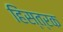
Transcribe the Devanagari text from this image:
हिंस्त्रक